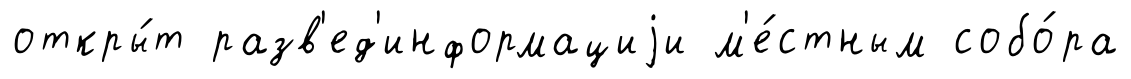
откры́т разв'ед'информациjи м'е́стным собо́ра